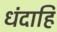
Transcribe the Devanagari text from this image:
धंदाहि